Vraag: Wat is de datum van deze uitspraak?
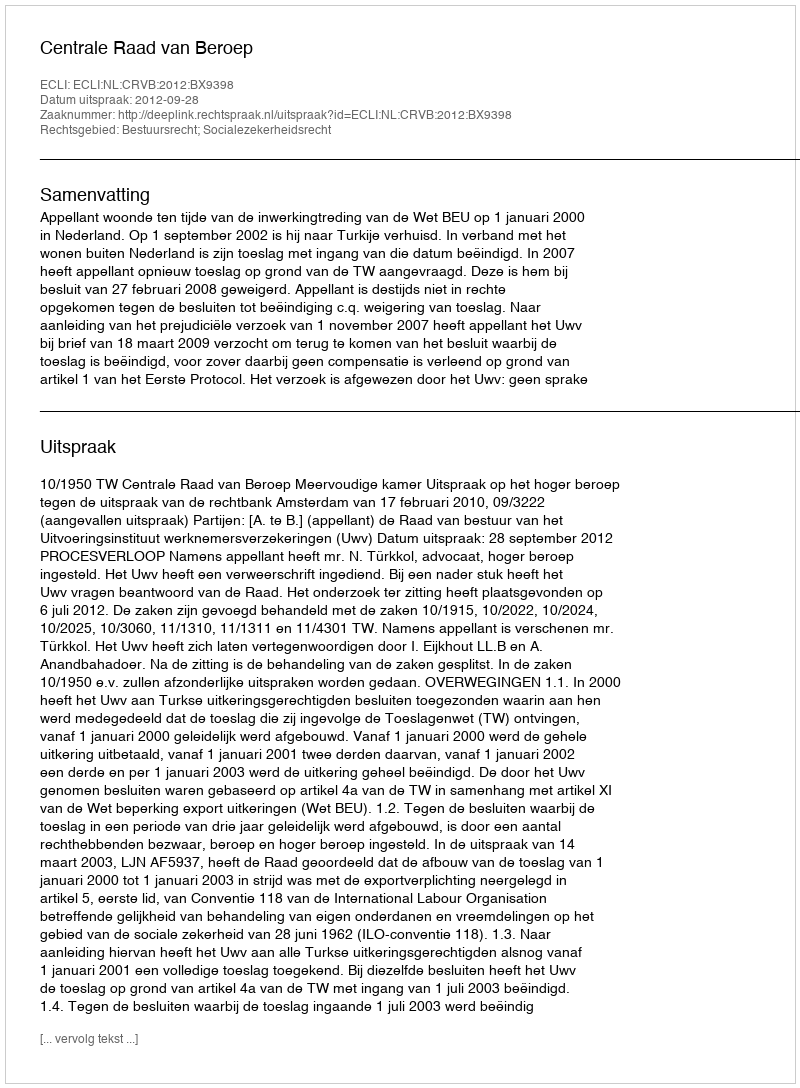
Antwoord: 2012-09-28